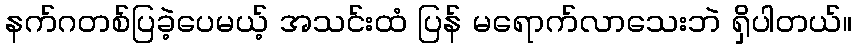
နက်ဂတစ်ပြခဲ့ပေမယ့် အသင်းထံ ပြန် မရောက်လာသေးဘဲ ရှိပါတယ်။